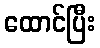
ထောင်ပြီး